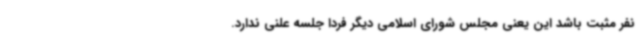
نفر مثبت باشد این یعنی مجلس شورای اسلامی دیگر فردا جلسه علنی ندارد.